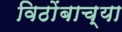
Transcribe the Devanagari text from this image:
विठोंबाच्या